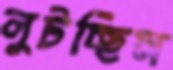
লুটচ্ছিস